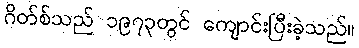
ဂိတ်စ်သည် ၁၉၇၃တွင် ကျောင်းပြီးခဲ့သည်။